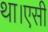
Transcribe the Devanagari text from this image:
था।एसी